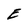
Character: E